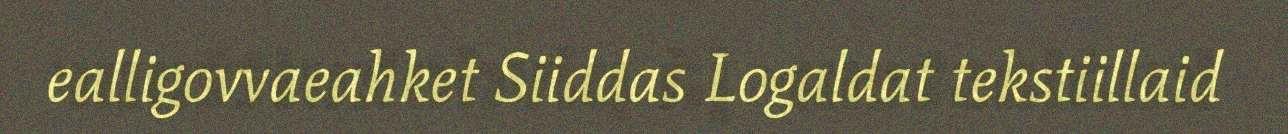
ealligovvaeahket Siiddas Logaldat tekstiillaid